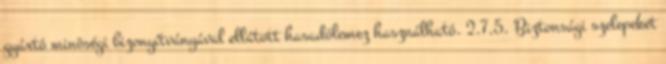
gyártó minõségi bizonyítványával ellátott hasadólemez használható. 2.7.5. Biztonsági szelepeket